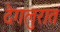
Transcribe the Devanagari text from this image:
देगलुरात